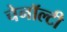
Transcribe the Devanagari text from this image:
चेनॉल्टी